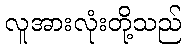
လူအားလုံးတို့သည်